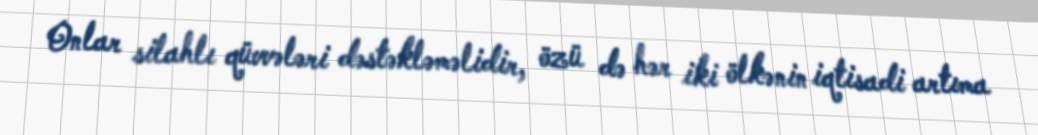
Onlar silahlı qüvvələri dəstəkləməlidir, özü də hər iki ölkənin iqtisadi artıma